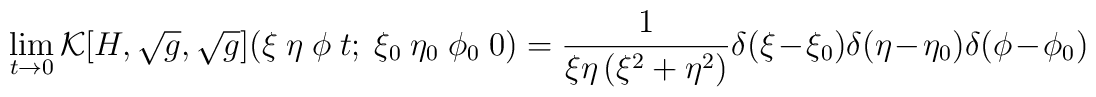
\lim_{t \rightarrow 0}    {\cal K}[H,\sqrt{g},\sqrt{g}](\xi ~ \eta ~\phi           ~ t; ~\xi _0 ~ \eta _0 ~ \phi _0 ~ 0) =            \frac{1}{\xi \eta \left(\xi^2 + \eta^2 \right)}\delta (\xi -\xi_0)\delta(\eta -\eta _0)\delta (\phi -\phi _0)